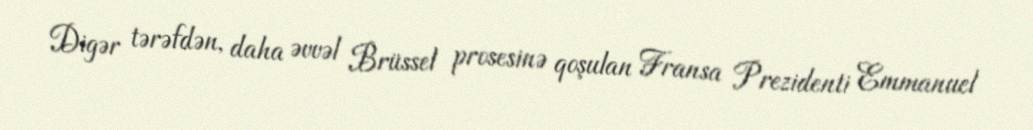
Digər tərəfdən, daha əvvəl Brüssel prosesinə qoşulan Fransa Prezidenti Emmanuel